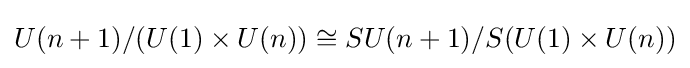
U(n+1)/(U(1)\times U(n))\cong SU(n+1)/S(U(1)\times U(n))